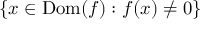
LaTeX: \{ x \in \operatorname { D o m } ( f ) : f ( x ) \neq 0 \}